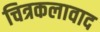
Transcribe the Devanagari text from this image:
चित्रकलावाद